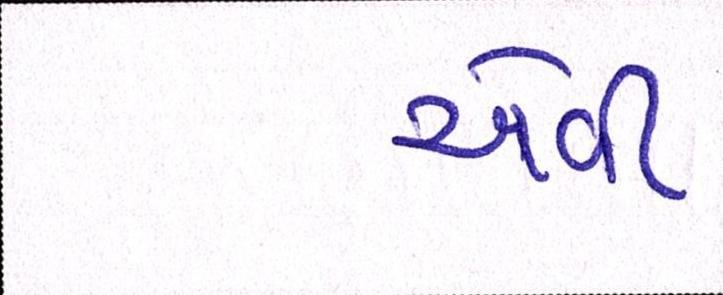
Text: એવી